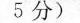
5 分)